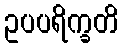
ဥပပရိက္ခတိ